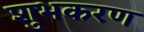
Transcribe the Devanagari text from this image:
शुभकरण